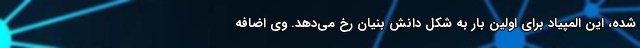
شده، این المپیاد برای اولین بار به شکل دانش بنیان رخ می‌دهد. وی اضافه